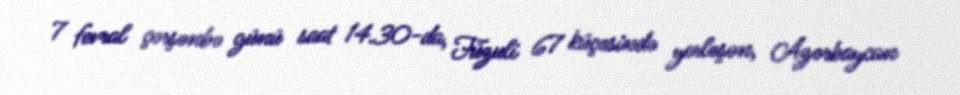
7 fevral çərşənbə günü saat 14.30-da, Füzuli 67 küçəsində yerləşən, Azərbaycan